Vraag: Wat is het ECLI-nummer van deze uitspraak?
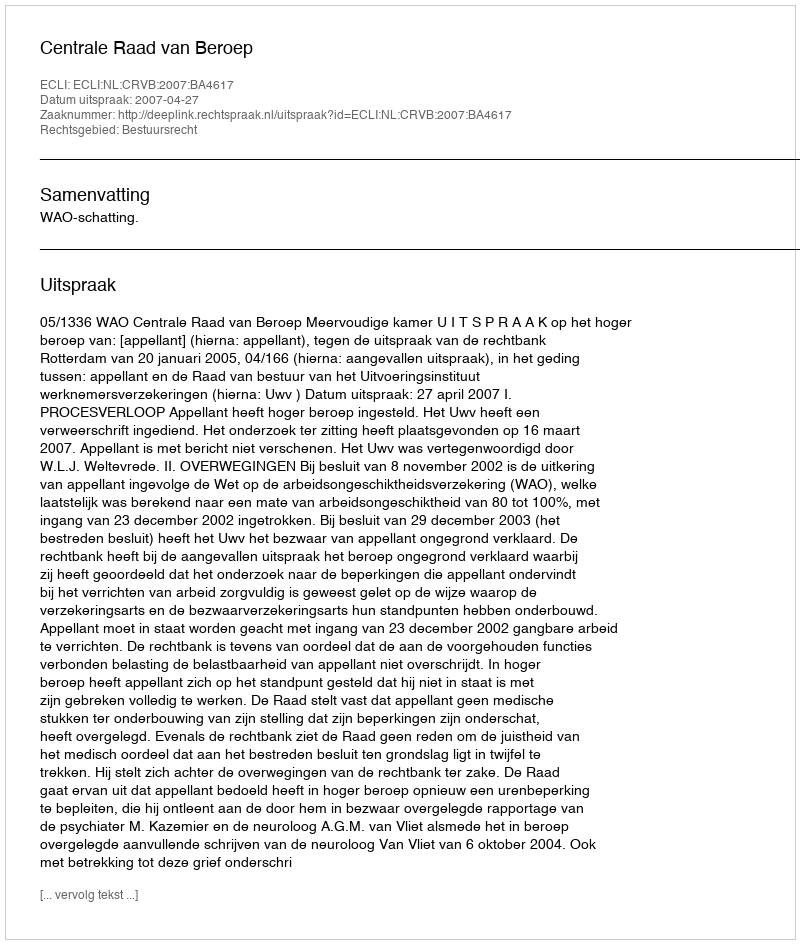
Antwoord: ECLI:NL:CRVB:2007:BA4617